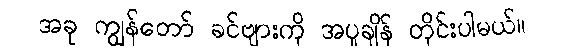
အခု ကျွန်တော် ခင်ဗျားကို အပူချိန် တိုင်းပါမယ်။